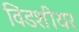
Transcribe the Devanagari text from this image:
विंडशीयर